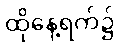
ထိုနေ့ရက်၌